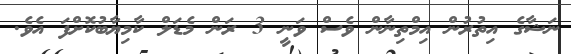
ނަޝާގެ އިތުރުން އިމްތިނާން ވެސް ވަނީ 3 ރަން މެޑަލް ކާމިޔާބުކޮށްފަ އެވެ.